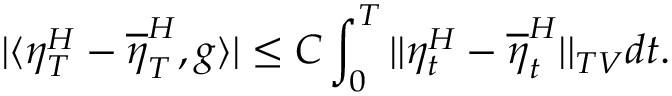
| \langle \eta _ { T } ^ { H } - \overline { { \eta } } _ { T } ^ { H } , g \rangle | \leq C \int _ { 0 } ^ { T } | | \eta _ { t } ^ { H } - \overline { { \eta } } _ { t } ^ { H } | | _ { T V } d t .